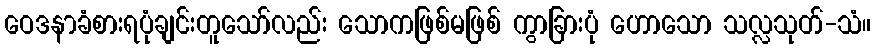
ဝေဒနာခံစားရပုံချင်းတူသော်လည်း သောကဖြစ်မဖြစ် ကွာခြားပုံ ဟောသော သလ္လသုတ်-သံ။